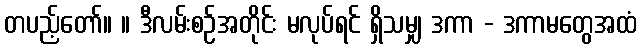
တပည့်တော်။ ။ ဒီလမ်းစဉ်အတိုင်း မလုပ်ရင် ရှိသမျှ ဒကာ - ဒကာမတွေအထံ